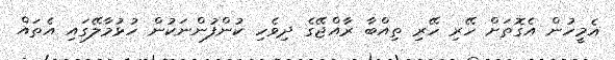
އެމީހުން އެގޮތަށް ހޭރި ހޭރި ތިއްބާ ރާއްޖޭގެ ދިވެހި ކުންފުންނަކުން ހުޅުމާލޭގަައި އެތައް